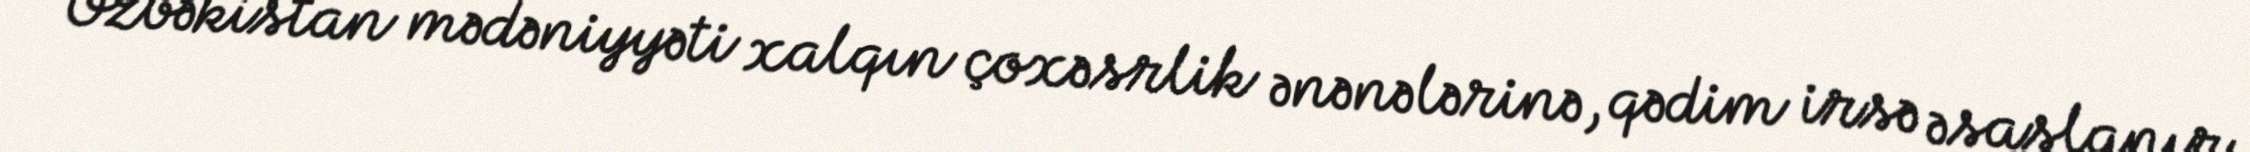
Özbəkistan mədəniyyəti xalqın çoxəsrlik ənənələrinə, qədim irsə əsaslanır.